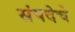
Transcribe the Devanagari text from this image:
संपदेचे